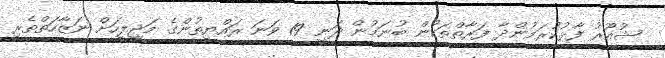
ޝުއޫރު ފާޅުކުރަމުންދާ ފަރާތްތަކުން ބުނަމުން ދަނީ 19 ވަނަ ރައްޔިތުންގެ މަޖިލީހަށް ނަޒާހަތްތެރި